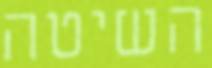
השיטה